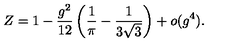
Z = 1 - \frac { g ^ { 2 } } { 1 2 } \left( \frac { 1 } { \pi } - \frac { 1 } { 3 \sqrt { 3 } } \right) + o ( g ^ { 4 } ) .